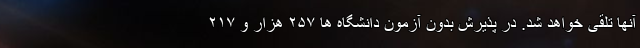
آنها تلقی خواهد شد. در پذیرش بدون آزمون دانشگاه ها ۲۵۷ هزار و ۲۱۷